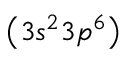
\big ( 3 s ^ { 2 } 3 p ^ { 6 } \big )